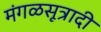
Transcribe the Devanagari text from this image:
मंगळसूत्रादी